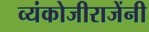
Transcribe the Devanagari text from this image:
व्यंकोजीराजेंनी